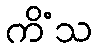
ကိံသ